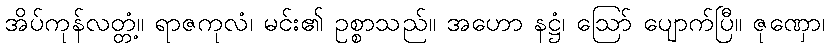
အိပ်ကုန်လတ္တံ့။ ရာဇကုလံ၊ မင်း၏ ဥစ္စာသည်။ အဟော နဋ္ဌံ၊ ဩော် ပျောက်ပြီ။ ဇုဏှော၊